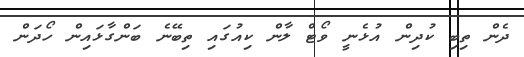
ދެން ތިބި ކުދިން އުޅެނީ ވޯޓް ލާން ކިއުގައި ތިބޭނެ ބަންގާޅައިން ހޯދަން